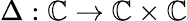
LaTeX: \Delta:\mathbb{C}\to\mathbb{C}\times\mathbb{C}